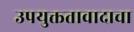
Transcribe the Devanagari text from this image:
उपयुक्ततावादाचा